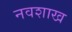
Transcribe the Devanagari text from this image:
नवशाख